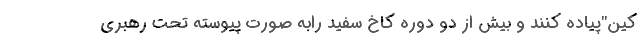
کین"پیاده کنند و بیش از دو دوره کاخ سفید رابه صورت پیوسته تحت رهبری